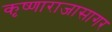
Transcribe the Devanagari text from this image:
कृष्णाराजासागर